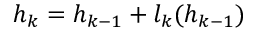
h _ { k } = h _ { k - 1 } + l _ { k } ( h _ { k - 1 } )